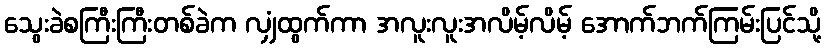
သွေးခဲစကြီးကြီးတစ်ခဲက လျှံထွက်ကာ အလူးလူးအလိမ့်လိမ့် အောက်ဘက်ကြမ်းပြင်သို့